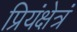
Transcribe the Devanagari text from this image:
प्रियंक्षेत्रं